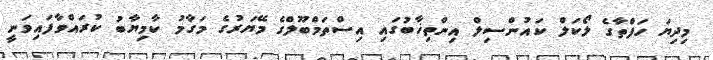
މިދިޔަ ހަފްތާގެ ލޯކަލް ކައުންސިލް އިންތިޚާބުގައި އިސްތަމްބޫލްގެ މޭޔަރުގެ މަގާމު ކާމިޔާބު ކުރައްވާފައިވަނީ